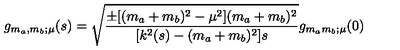
g _ { m _ { a } , m _ { b } ; \mu } ( s ) = \sqrt { { \frac { \pm [ ( m _ { a } + m _ { b } ) ^ { 2 } - \mu ^ { 2 } ] ( m _ { a } + m _ { b } ) ^ { 2 } } { [ k ^ { 2 } ( s ) - ( m _ { a } + m _ { b } ) ^ { 2 } ] s } } } g _ { m _ { a } m _ { b } ; \mu } ( 0 )